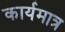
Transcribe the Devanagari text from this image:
कार्यमात्र